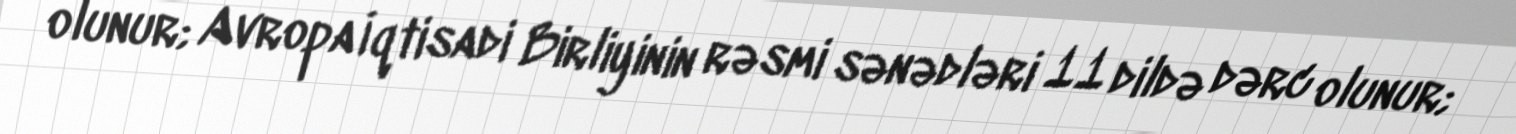
olunur; Avropa İqtisadi Birliyinin rəsmi sənədləri 11 dildə dərc olunur;